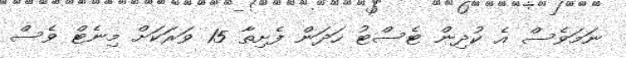
ނަމަވެސް އެ ކުދިން ޓެސްޓު ހަދަން ފެށިތާ 15 ވަރަކަށް މިނެޓް ވެސް